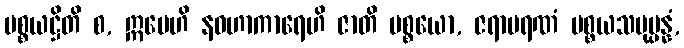
ပစ္စယဋ္ဌိတိ စ, ဣမေဟိ နဝဟာကာရေဟိ ဇာတိ ပစ္စယော, ဇရာမရဏံ ပစ္စယသမုပ္ပန္နံ,